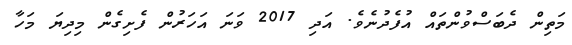
މަތިން ދެބަސްވުންތައް އުފެދުނެވެ. އަދި 2017 ވަނަ އަހަރުން ފެށިގެން މިދިޔަ މަހާ